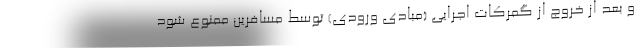
و بعد از خروج از گمرکات اجرایی (مبادی ورودی) توسط مسافرین ممنوع شود